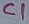
Text: C1